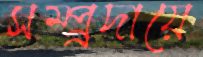
সম্প্র্রদায়ে